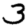
Digit: 3